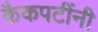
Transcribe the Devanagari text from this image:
कैकपटींनी